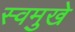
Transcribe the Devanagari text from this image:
स्वमुखे